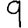
Digit: 9